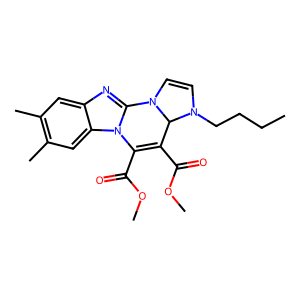
SMILES: CCCCN1C=CN2c3nc4cc(C)c(C)cc4n3C(C(=O)OC)=C(C(=O)OC)C12
Inhibits HIV replication: No